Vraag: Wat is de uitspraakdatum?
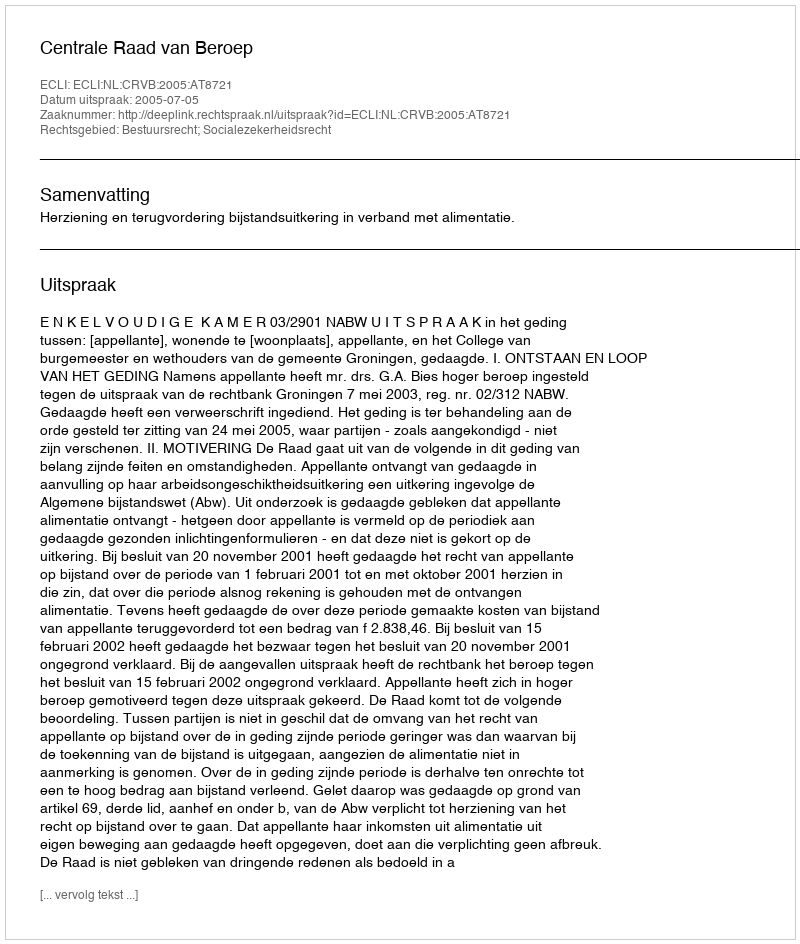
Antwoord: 2005-07-05